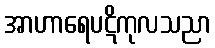
အာဟာရေပဋိကုလသညာ